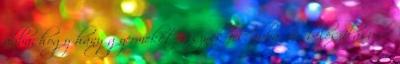
abba, hogy hány gyermeket vesznek fel, abba van beleszólásunk